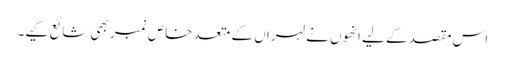
اس مقصد کے لیے انھوں نے لہراں کے متعد خاص نمبر بھی شائع کیے۔